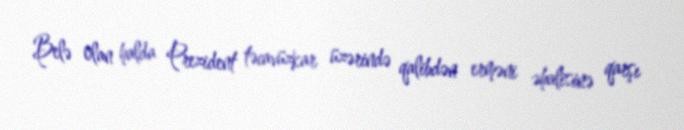
Belə olan halda Prezident təcavüzkar üzərində qalibdən erməni əhalisinə qarşı